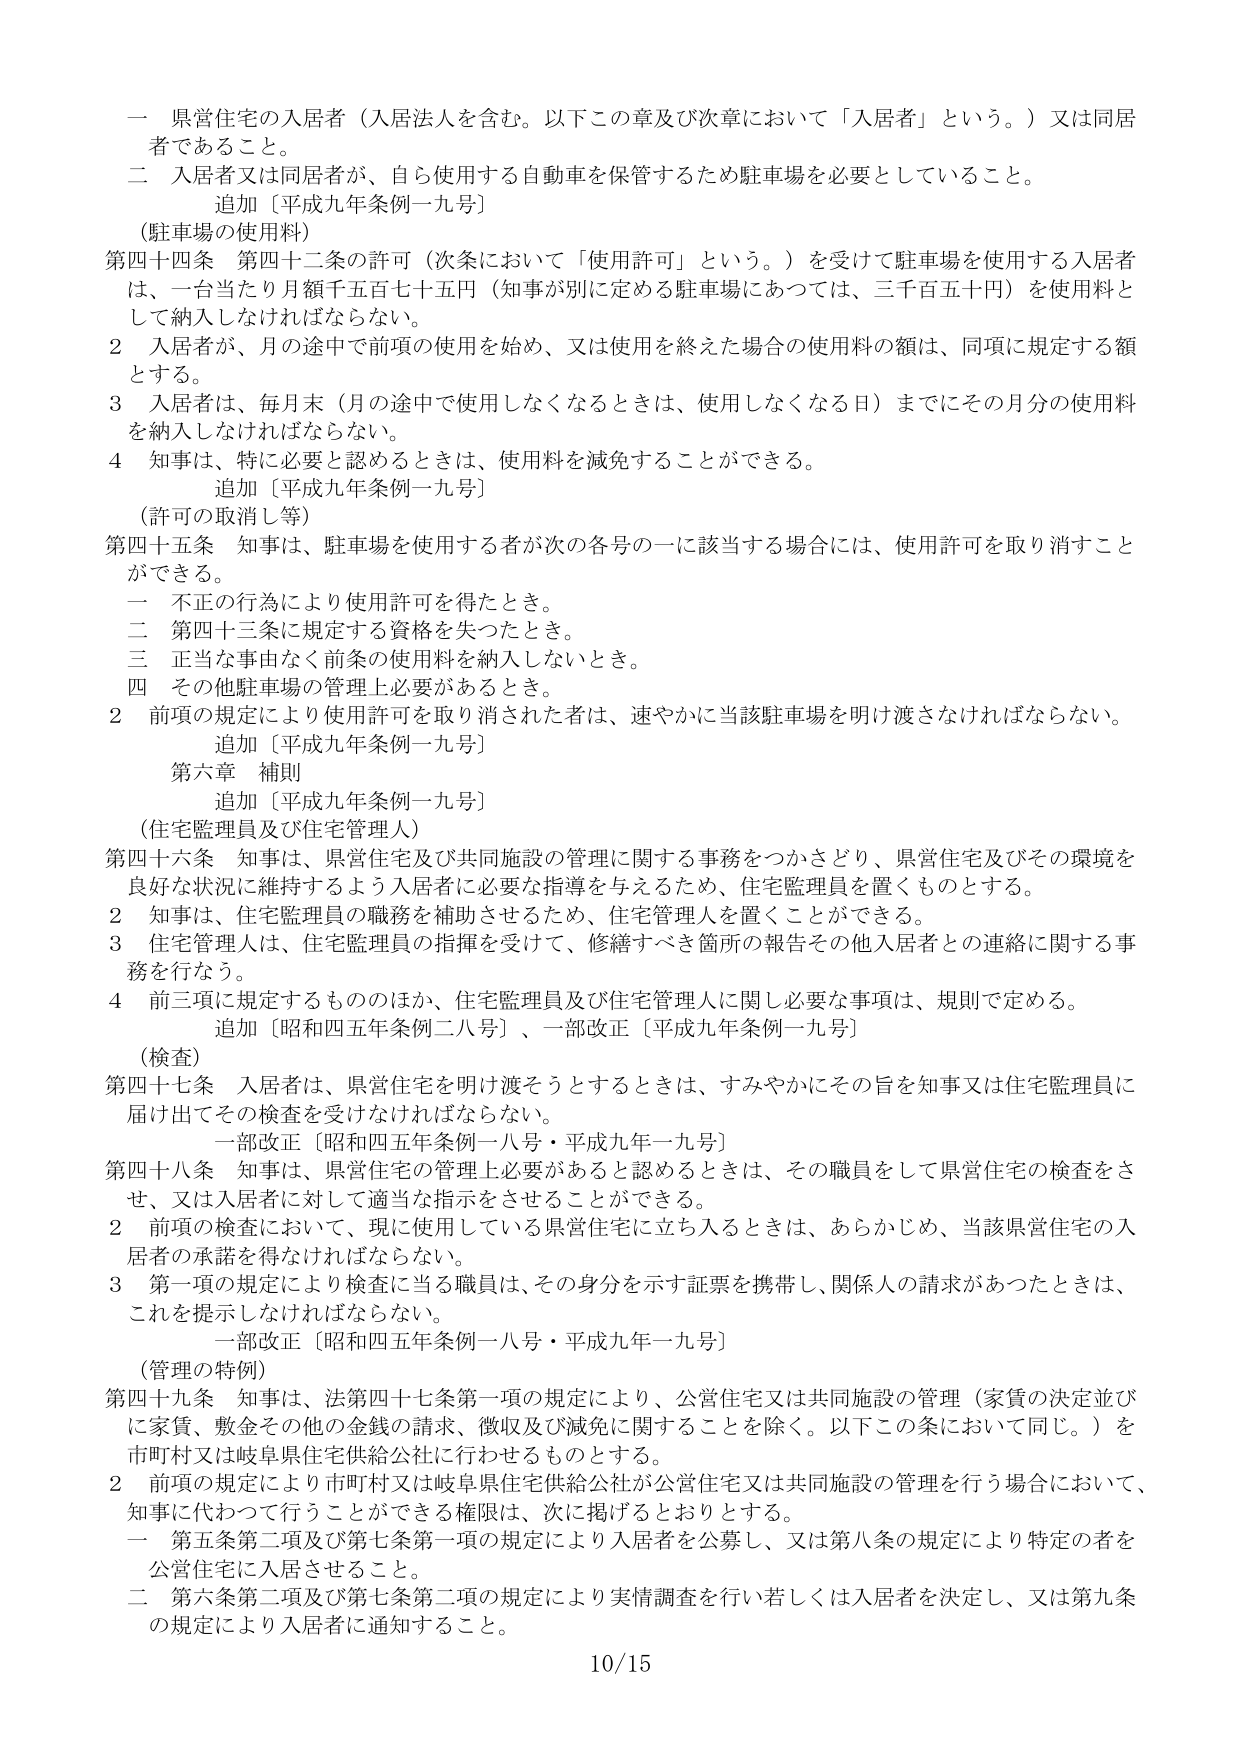
一 県営住宅の入居者（入居法人を含む。以下この章及び次章において「入居者」という。）又は同居者であること。

二 入居者又は同居者が、自ら使用する自動車を保管するため駐車場を必要としていること。

追加〔平成九年条例一九号〕

（駐車場の使用料）

第四十四条 第四十二条の許可（次条において「使用許可」という。）を受けて駐車場を使用する入居者は、一台当たり月額千五百七十五円（知事が別に定める駐車場にあっては、三千百五十円）を使用料として納入しなければならない。

２ 入居者が、月の途中で前項の使用を始め、又は使用を終えた場合の使用料の額は、同項に規定する額とする。

３ 入居者は、毎月末（月の途中で使用しなくなるときは、使用しなくなる日）までにその月分の使用料を納入しなければならない。

４ 知事は、特に必要と認めるときは、使用料を減免することができる。

追加〔平成九年条例一九号〕

（許可の取消し等）

第四十五条 知事は、駐車場を使用する者が次の各号の一に該当する場合には、使用許可を取り消すことができる。

一 不正の行為により使用許可を得たとき。

二 第四十三条に規定する資格を失ったとき。

三 正当な事由なく前条の使用料を納入しないとき。

四 その他駐車場の管理上必要があるとき。

２ 前項の規定により使用許可を取り消された者は、速やかに当該駐車場を明け渡さなければならない。

追加〔平成九年条例一九号〕

第六章 補則

追加〔平成九年条例一九号〕

（住宅監理員及び住宅管理人）

第四十六条 知事は、県営住宅及び共同施設の管理に関する事務をつかさどり、県営住宅及びその環境を良好な状況に維持するよう入居者に必要な指導を与えるため、住宅監理員を置くものとする。

２ 知事は、住宅監理員の職務を補助させるため、住宅管理人を置くことができる。

３ 住宅管理人は、住宅監理員の指揮を受けて、修繕すべき箇所の報告その他入居者との連絡に関する事務を行なう。

４ 前三項に規定するもののほか、住宅監理員及び住宅管理人に関し必要な事項は、規則で定める。

追加〔昭和四五年条例二八号〕、一部改正〔平成九年条例一九号〕

（検査）

第四十七条 入居者は、県営住宅を明け渡そうとするときは、すみやかにその旨を知事又は住宅監理員に届け出てその検査を受けなければならない。

一部改正〔昭和四五年条例一八号・平成九年一九号〕

第四十八条 知事は、県営住宅の管理上必要があると認めるときは、その職員をして県営住宅の検査をさせ、又は入居者に対して適当な指示をさせることができる。

２ 前項の検査において、現に使用している県営住宅に立ち入るときは、あらかじめ、当該県営住宅の入居者の承諾を得なければならない。

３ 第一項の規定により検査に当る職員は、その身分を示す証票を携帯し、関係人の請求があったときは、これを提示しなければならない。

一部改正〔昭和四五年条例一八号・平成九年一九号〕

（管理の特例）

第四十九条 知事は、法第四十七条第一項の規定により、公営住宅又は共同施設の管理（家賃の決定並びに家賃、敷金その他の金銭の請求、徴収及び減免に関することを除く。以下この条において同じ。）を市町村又は岐阜県住宅供給公社に行わせるものとする。

２ 前項の規定により市町村又は岐阜県住宅供給公社が公営住宅又は共同施設の管理を行う場合において、知事に代わって行うことができる権限は、次に掲げるとおりとする。

一 第五条第二項及び第七条第一項の規定により入居者を公募し、又は第八条の規定により特定の者を公営住宅に入居させること。

二 第六条第二項及び第七条第二項の規定により実情調査を行い若しくは入居者を決定し、又は第九条の規定により入居者に通知すること。

10/15